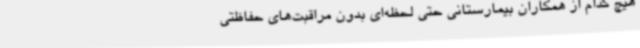
هیچ کدام از همکاران بیمارستانی حتی لحظه‌ای بدون مراقبت‌های حفاظتی